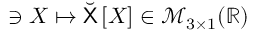
\ni X \mapsto \breve { \mathsf { X } } \left[ X \right] \in \mathcal { M } _ { 3 \times 1 } ( \mathbb { R } )